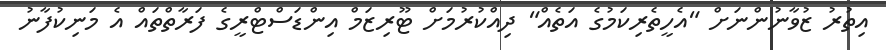
އިތުރު ޒުވާނުންނަށް "އެހީތެރިކަމުގެ އަތެއް" ދިއްކުުރުމަށް ޓޫރިޒަމް އިންޑަސްޓްރީގެ ފަރާތްތައް އެ މަނިކުފާނު